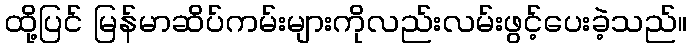
ထို့ပြင် မြန်မာဆိပ်ကမ်းများကိုလည်းလမ်းဖွင့်ပေးခဲ့သည်။